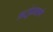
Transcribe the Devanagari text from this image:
ऋतूंप्रमाणे